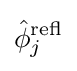
{\hat {\phi }}_{j}^{\mathrm {refl} }